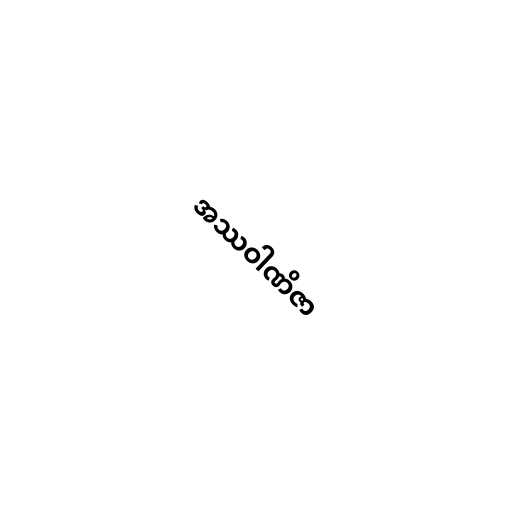
အဿဝါဏိဇာ